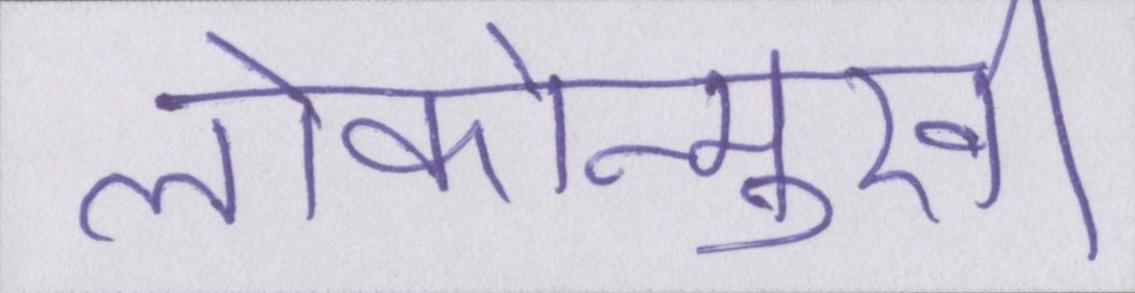
लोकोन्मुखी